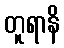
တူရာနိ